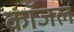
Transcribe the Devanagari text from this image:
कॉजल